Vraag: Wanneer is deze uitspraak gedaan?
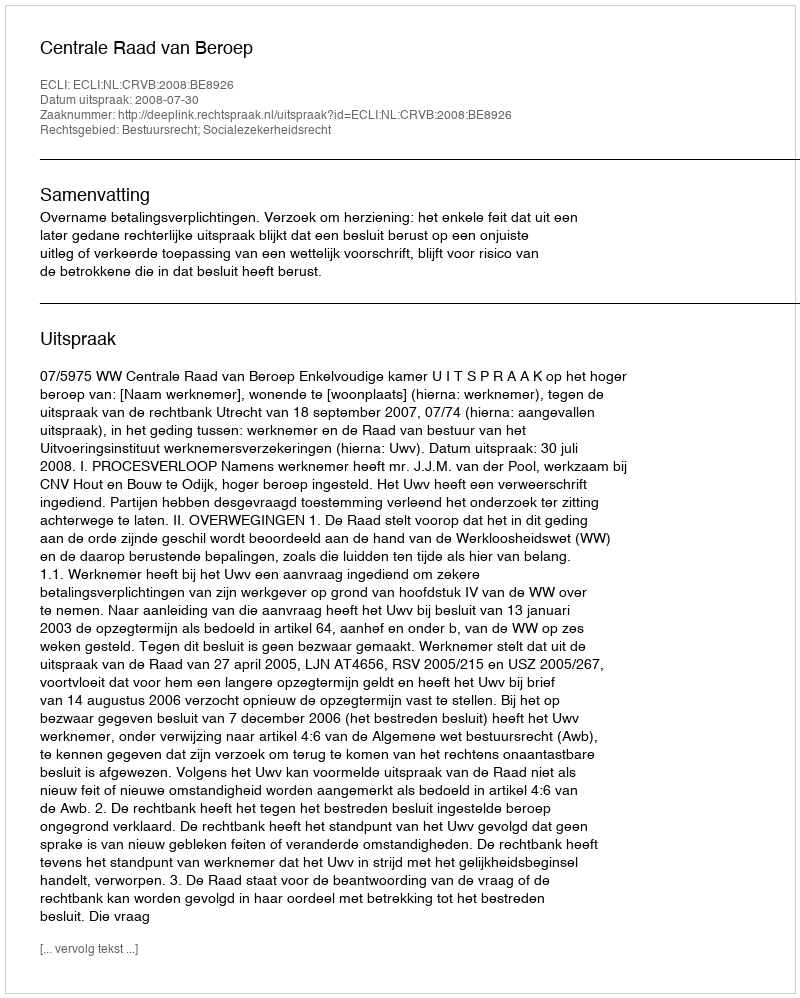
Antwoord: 2008-07-30